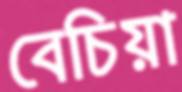
বেচিয়া